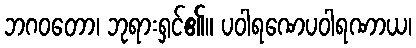
ဘဂဝတော၊ ဘုရားရှင်၏။ ပဝါရဏေပဝါရဏာယ၊